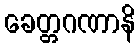
ခေတ္တဂဏာနိ